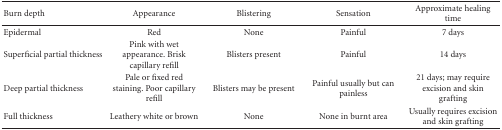
| Burn depth | Appearance | Blistering | Sensation | Approximate healing time |
 | --- | --- | --- | --- | --- |
 | Epidermal | Red | None | Painful | 7 days |
 | Superficial partial thickness | Pink with wet appearance. Brisk capillary refill | Blisters present | Painful | 14 days |
 | Deep partial thickness | Pale or fixed red staining. Poor capillary refill | Blisters may be present | Painful usually but can painless | 21 days; may require excision and skin grafting |
 | Full thickness | Leathery white or brown | None | None in burnt area | Usually requires excision and skin grafting |